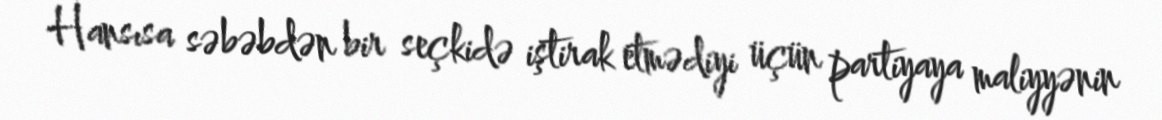
Hansısa səbəbdən bir seçkidə iştirak etmədiyi üçün partiyaya maliyyənin